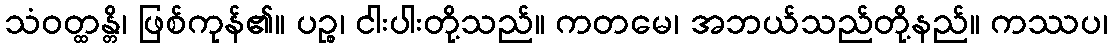
သံဝတ္ထန္တိ၊ ဖြစ်ကုန်၏။ ပဉ္စ၊ ငါးပါးတို့သည်။ ကတမေ၊ အဘယ်သည်တို့နည်။ ကဿပ၊